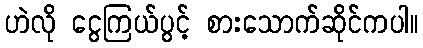
ဟဲလို ငွေကြယ်ပွင့် စားသောက်ဆိုင်ကပါ။